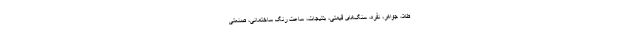
طلا، جواهر، نقره، سنگ‌های قیمتی، بدلیجات، ساعت رنگ ساختمانی، صنعتی